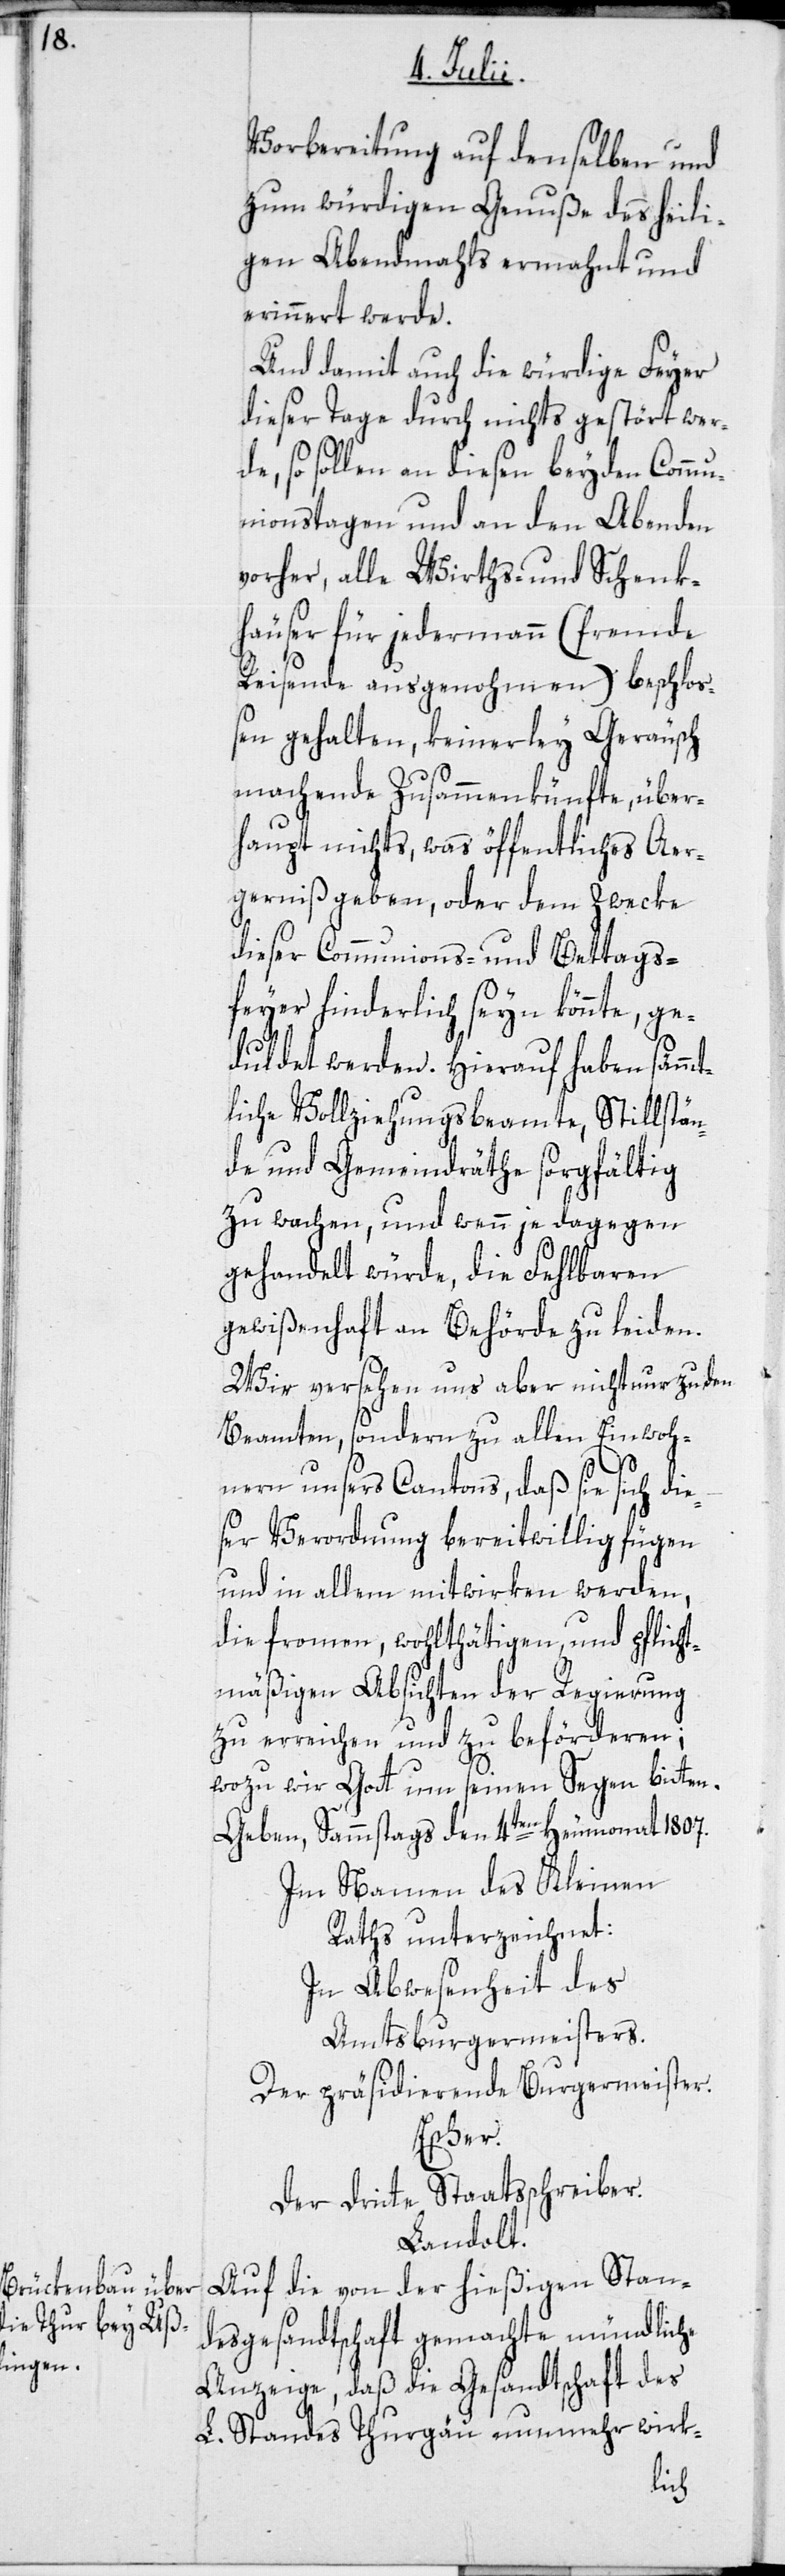
Vorbereitung auf denselben und
zum würdigen Genuße des heili¬
gen Abendmahls ermahnt und
erinnert werde.
Und damit auch die würdige Feyer
dieser Tage durch nichts gestört wer¬
de, so sollen an diesen beyden Commu¬
nionstagen und an den Abenden
vorher, alle Wirths- und Schenk¬
häuser für jedermann (fremde
Reisende ausgenohmen) beschlo¬
ßen gehalten, keinerley Geräusch
machende Zusammenkünfte, über¬
haupt nichts, was öffentliches Aer¬
gerniß geben, oder dem Zwecke
dieser Communions- und Bettags¬
feyer hinderlich seyn könnte, ge¬
duldet werden. Hierauf haben sämmt¬
liche Vollziehungsbeamte, Stillstän¬
de und Gemeindräthe sorgfältig
zu wachen, und wenn je dagegen
gehandelt würde, die Fehlbaren
gewißenhaft an Behörde zu leiden.
Wir versehen uns aber nicht nur zu den
Beamten, sondern zu allen Einwoh¬
nern unsers Cantons, daß sie sich die¬
ser Verordnung bereitwillig fügen
und in allem mitwirken werden,
die frommen, wohlthätigen und pflicht¬
mäßigen Absichten der Regierung
zu erreichen und zu beförderen;
wozu wir Gott um seinen Segen bitten.
Geben, Sammstags den 4ten Heumonat 1807.
Im Namen des Kleinen
Raths unterzeichnet:
In Abwesenheit des
Amtsburgermeisters.
Der präsidierende Burgermeister.
Escher.
Der dritte Staatsschreiber.
Landolt.
Auf die von der hießigen Stan¬
desgesandtschaft gemachte mündliche
Anzeige, daß die Gesandtschaft des
L. Standes Thurgau nunmehr wirk-